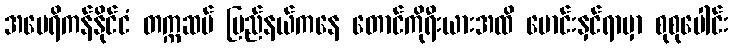
အမေရိကန်နိုင်ငံ တက္ကဆပ် ပြည်နယ်ကနေ တောင်ကိုရီးယားအထိ မောင်းနှင်ရာမှာ စုစုပေါင်း